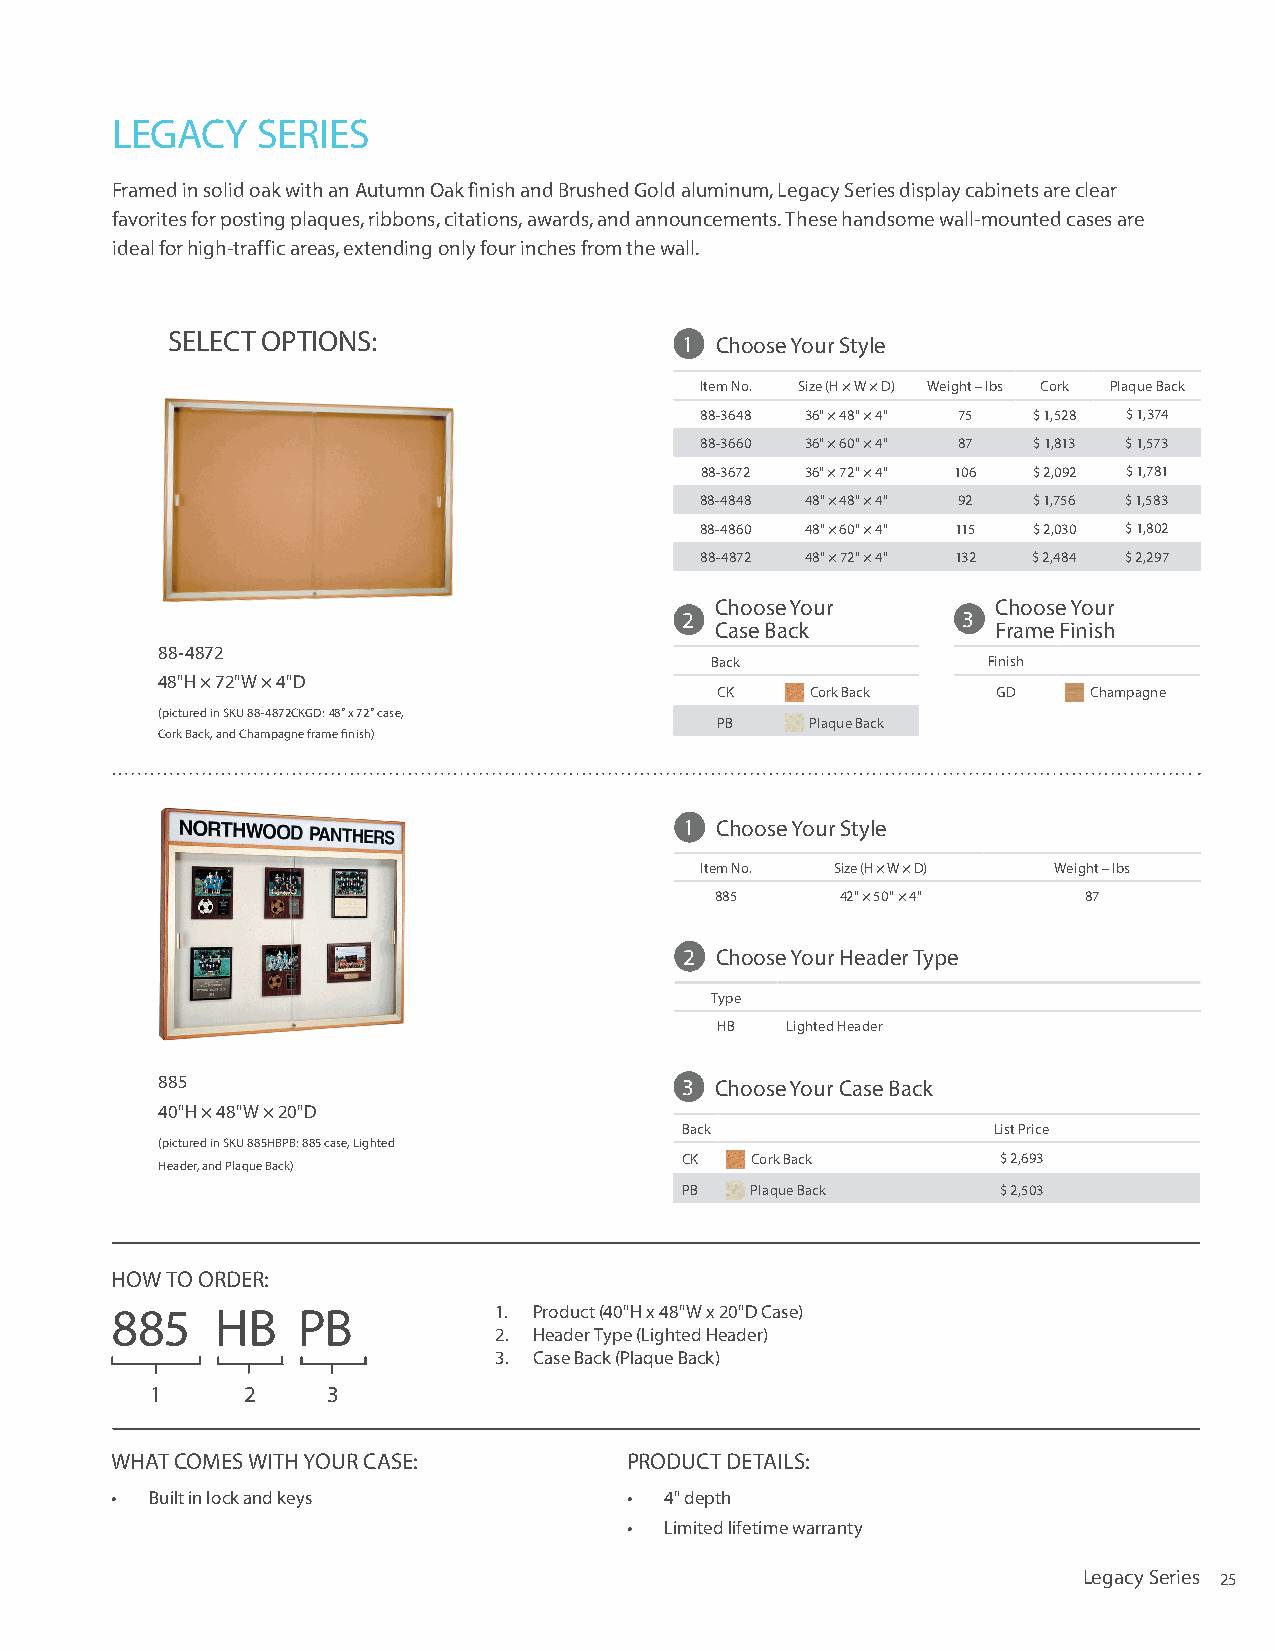
LEGACY    SERIES
 Framed in solid oak with an Autumn Oak finish and Brushed Gold aluminum, Legacy Series display cabinets are clear
 favorites for posting plaques, ribbons, citations, awards, and announcements. These handsome wall-mounted cases are
 ideal for high-traffic areas, extending only four inches from the wall.
 SELECT OPTIONS:                   1 Choose Your Style
 Item No. Size (H × W × D) Weight – lbs Cork Plaque Back
 88-3648 36" × 48" × 4" 75 $ 1,528 $ 1,374
 88-3660 36" × 60" × 4" 87 $ 1,813 $ 1,573
 88-3672 36" × 72" × 4" 106 $ 2,092 $ 1,781
 88-4848 48" × 48" × 4" 92 $ 1,756 $ 1,583
 88-4860 48" × 60" × 4" 115 $ 2,030 $ 1,802
 88-4872 48" × 72" × 4" 132 $ 2,484 $ 2,297
 Choose Your        Choose Your
 2                  33
 Case Back          Frame Finish
 88-4872
 Back              Finish
 48"H × 72"W × 4"D
 CK     Cork Back   GD    Champagne
 (pictured in SKU 88-4872CKGD: 48" x 72" case,
 PB     Plaque Back
 Cork Back, and Champagne frame finish)
 1 Choose Your Style
 Item No. Size (H × W × D) Weight – lbs
 885      42" × 50" × 4"  87
 2 Choose Your Header Type
 Type
 HB   Lighted Header
 885                                33 Choose Your Case Back
 40"H × 48"W × 20"D
 Back                 List Price
 (pictured in SKU 885HBPB: 885 case, Lighted
 CK   Cork Back       $ 2,693
 Header, and Plaque Back)
 PB   Plaque Back     $ 2,503
 HOW TO ORDER:
 885    HB    PB           1. Product (40"H x 48"W x 20"D Case)
 2. Header Type (Lighted Header)
 3. Case Back (Plaque Back)
 1     2     3
 WHAT COMES WITH YOUR CASE:         PRODUCT DETAILS:
 •  Built in lock and keys          • 4" depth
 • Limited lifetime warranty
 Legacy Series 25